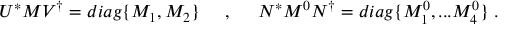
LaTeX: U ^ { * } { \cal M } V ^ { \dagger } = d i a g \{ M _ { 1 } , M _ { 2 } \} \; \; \; \; \; , \; \; \; \; \; N ^ { * } { \cal M } ^ { 0 } N ^ { \dagger } = d i a g \{ M _ { 1 } ^ { 0 } , . . . M _ { 4 } ^ { 0 } \} \ .